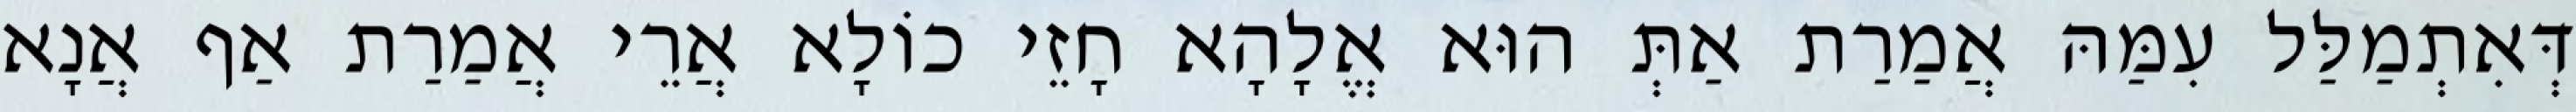
דְּאִתְמַלַּל עִמַּהּ אֲמַרַת אַתְּ הוּא אֱלָהָא חָזֵי כוֹלָא אֲרֵי אֲמַרַת אַף אֲנָא